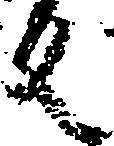
反